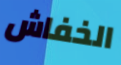
الخفاش